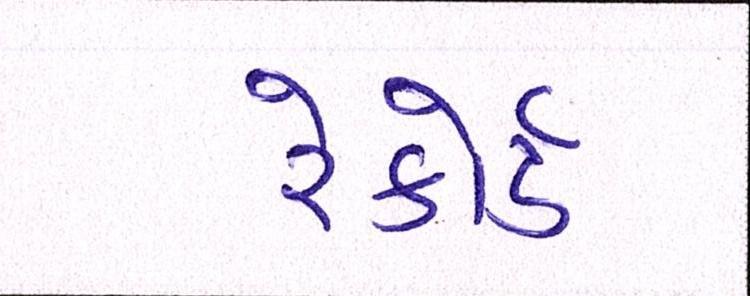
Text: રેકોર્ડ